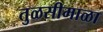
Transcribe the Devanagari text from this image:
तुळसीमाळा